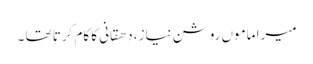
میرا ماموں روشن نیاز، دھقانی کا کام کرتا تھا ۔